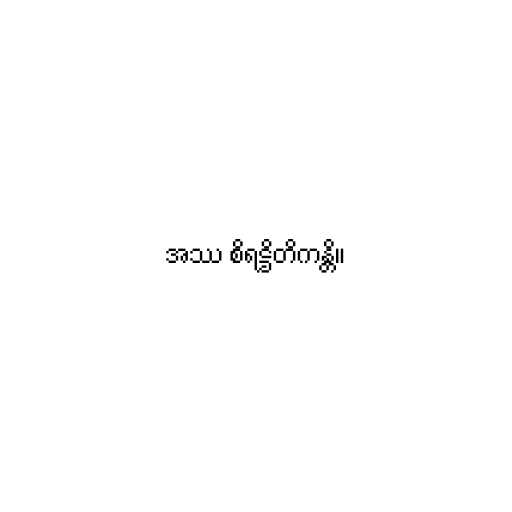
အဿ စိရဋ္ဌိတိကန္တိ။